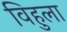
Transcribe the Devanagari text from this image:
विहुला